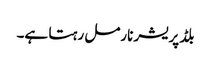
بلڈپریشر نارمل رہتا ہے۔